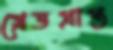
গ্রেডপ্রাপ্ত